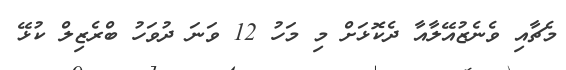
މެޗާއި ވެނެޒުއޭލާއާ ދެކޮޅަށް މި މަހު 12 ވަނަ ދުވަހު ބްރެޒިލް ކުޅޭ